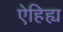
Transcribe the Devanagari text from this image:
ऐहिह्य